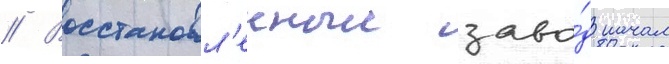
// Восстановл'енныи заво́д начал